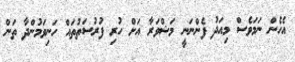
އެހެން ނަމަވެސް މިއަދު ފެންނަނީ މަޝްވަރާ އަށް ހުރި ފުރުސަތުތައް ހަނިވަމުންދާ ތަން